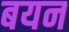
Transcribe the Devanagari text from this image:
बयन